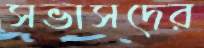
সভাসদের